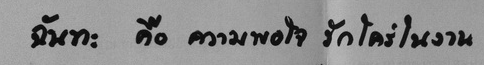
ฉันทะ คือ ความพอใจ รักใคร่ในงาน